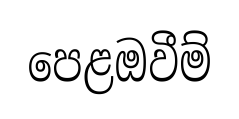
පෙළඔවීම්